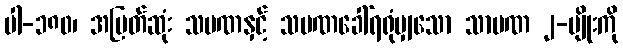
ပါ-၁၈၀၊ အမြတ်ဆုံး သမဏနှင့် သမဏခေါ်ရရုံမျှသော သာမဏ ၂-မျိုးကို